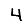
Digit: 4